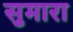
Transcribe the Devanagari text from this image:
सुमारा